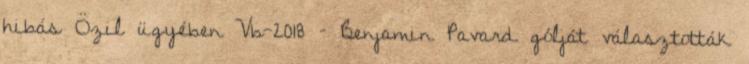
hibás Özil ügyében Vb-2018 – Benjamin Pavard gólját választották